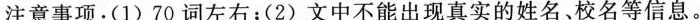
注意事项：(1)70词左右；(2)文中不能出现真实的姓名、校名等信息。